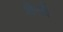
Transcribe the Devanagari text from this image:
खैयी